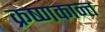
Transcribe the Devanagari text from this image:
क्रष्णकान्त